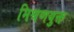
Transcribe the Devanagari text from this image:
मिश्रणयुक्त